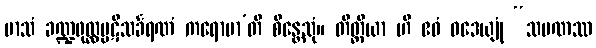
မာသံ ခဏ္ဍဖုလ္လပ္ပဋိသင်္ခရဏံ ကရောမာ’တိ စိန္တေသုံ။ တိတ္ထိယာ ဟိ ဧဝံ ဝဒေယျုံ “သမဏဿ